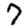
Digit: 7